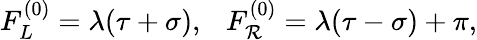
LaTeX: F_{L}^{(0)}=\lambda(\tau+\sigma),~~~F_{\mathcal{R}}^{(0)}=\lambda(\tau-\sigma)+\pi,